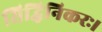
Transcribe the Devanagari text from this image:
सिद्धिनिकरः।